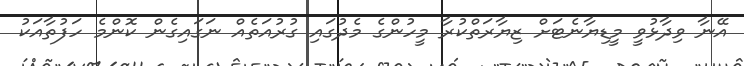
އޭނާ ވިދާޅުވީ މީޑިޔާނެޓަށް ޒިޔާރަތްކުރާ މީހުންގެ މެދުގައި ގުރުއަތެއް ނަގައިގެން ކޮންމެ ހަފުތާއަކު